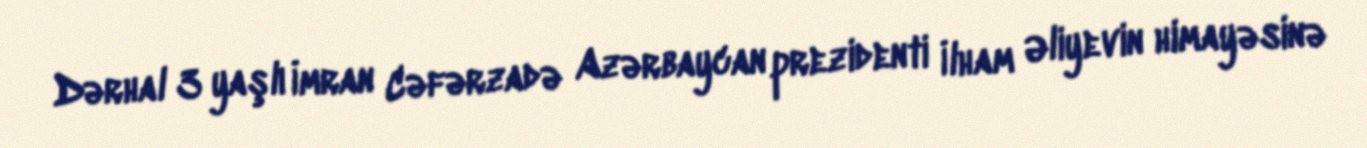
Dərhal 3 yaşlı İmran Cəfərzadə Azərbaycan prezidenti İlham Əliyevin himayəsinə